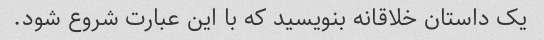
یک داستان خلاقانه بنویسید که با این عبارت شروع شود.